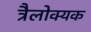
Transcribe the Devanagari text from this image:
त्रैलोक्यक